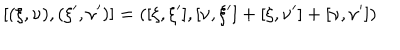
LaTeX: [ ( \xi , \nu ) , ( \xi ^ { \prime } , \nu ^ { \prime } ) ] = ( [ \xi , \xi ^ { \prime } ] , [ \nu , \xi ^ { \prime } ] + [ \xi , \nu ^ { \prime } ] + [ \nu , \nu ^ { \prime } ] )